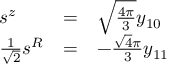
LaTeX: \begin{array} { l l l } { { s ^ { z } } } & { { = } } & { { \sqrt { \frac { 4 \pi } { 3 } } y _ { 1 0 } } } \\ { { { \frac { 1 } { \sqrt 2 } } s ^ { R } } } & { { = } } & { { - { \frac { \sqrt 4 \pi } { 3 } } y _ { 1 1 } } } \end{array}